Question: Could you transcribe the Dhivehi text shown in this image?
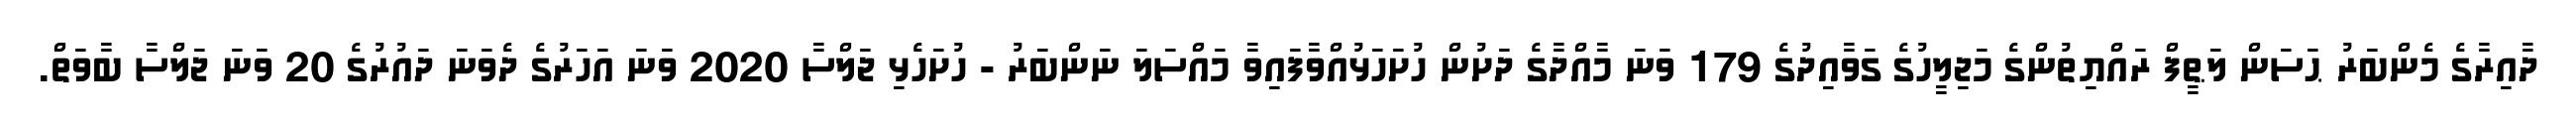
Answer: ދާއިރާގެ މެންބަރު ޙަސަން ލަޠީފް ރައްޔިތުންގެ މަޖިލީހުގެ ގަވާއިދުގެ 179 ވަނަ މާއްދާގެ ދަށުން ހުށަހަޅުއްވާފައިވާ މައްސަލަ ނަންބަރު - ހުށަހެޅި ޖަލްސާ 2020 ވަނަ އަހަރުގެ ދެވަނަ ދައުރުގެ 20 ވަނަ ޖަލްސާ ބާވަތް.